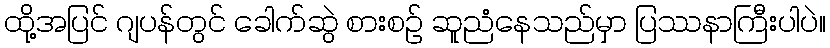
ထို့အပြင် ဂျပန်တွင် ခေါက်ဆွဲ စားစဉ် ဆူညံနေသည်မှာ ပြဿနာကြီးပါပဲ။